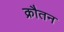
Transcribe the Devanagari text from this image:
क्रौतन